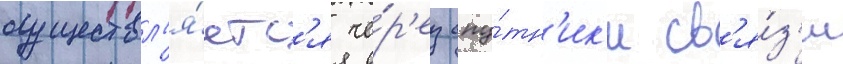
осуществл'я́етс'я че́р'ез спу́тн'ик'и св'я́з'и